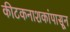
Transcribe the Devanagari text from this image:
कीटकनाशकांपासून